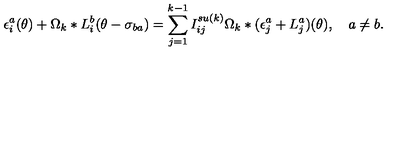
\epsilon _ { i } ^ { a } ( \theta ) + \Omega _ { k } \ast L _ { i } ^ { b } ( \theta - \sigma _ { b a } ) = \sum _ { j = 1 } ^ { k - 1 } I _ { i j } ^ { s u ( k ) } \Omega _ { k } \ast ( \epsilon _ { j } ^ { a } + L _ { j } ^ { a } ) ( \theta ) , \quad a \neq b .